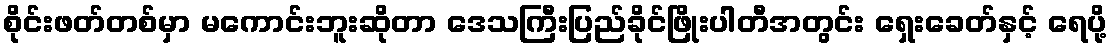
စိုင်းဖတ်တစ်မှာ မကောင်းဘူးဆိုတာ ဒေသကြီးပြည်ခိုင်ဖြိုးပါတီအတွင်း ရှေးခေတ်နှင့် ရေပို့